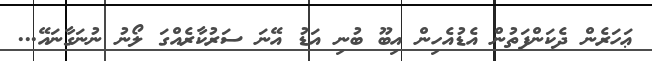
ޢަހަރެން ދެކަންފަތުން އެޑުއެހިން އިބޫ ބުނި އަޑު އޭނަ ސަރުކާރެއްގަ ލޯނު ނުނަގާނައޭ...